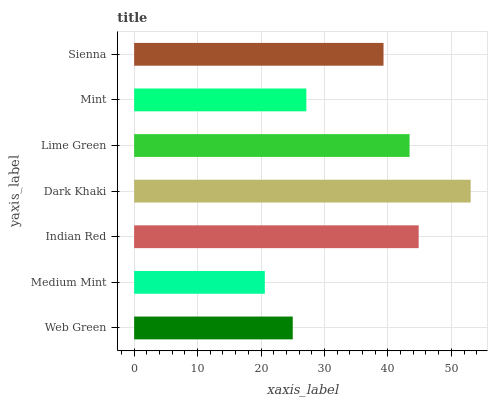
| yaxis_label | bars |
 | --- | --- |
 | Web Green | 25 |
 | Medium Mint | 20.6 |
 | Indian Red | 44.8 |
 | Dark Khaki | 53 |
 | Lime Green | 43.4 |
 | Mint | 27.1 |
 | Sienna | 39.3 |